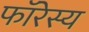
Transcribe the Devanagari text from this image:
फॉरेस्य